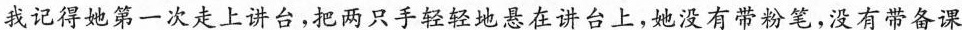
我记得她第一次走上讲台，把两只手轻轻地悬在讲台上，她没有带粉笔，没有带备课